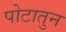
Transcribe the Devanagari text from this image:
पोटातुन